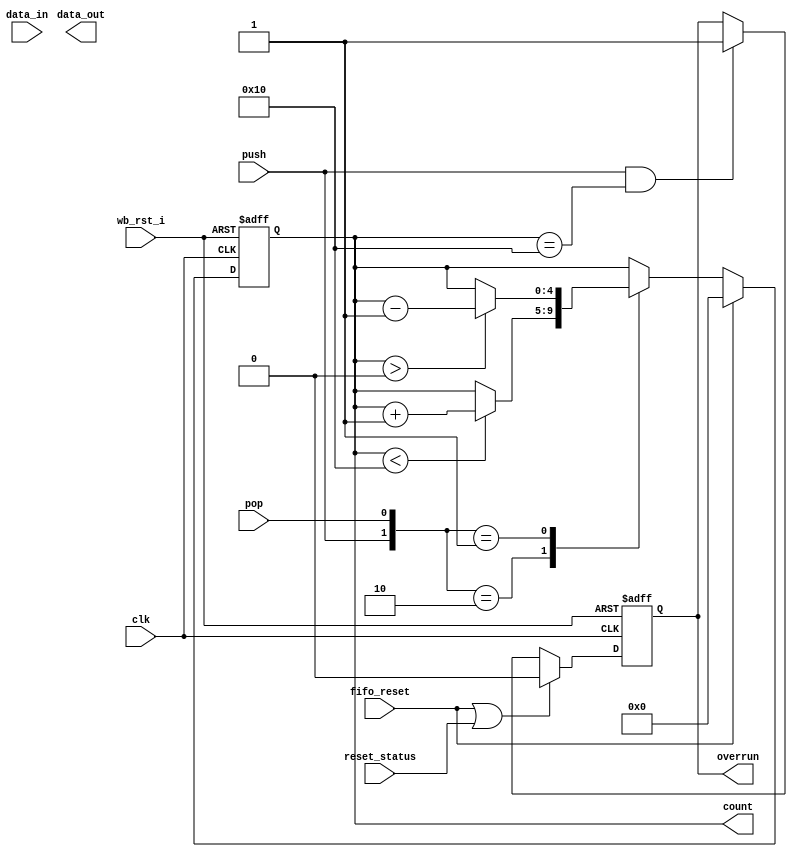
module uart_tfifo (
input		wire		clk	,
input		wire		wb_rst_i,
input		wire		push,
input		wire		pop,
input	wire [fifo_width-1:0]	data_in,
input	wire			fifo_reset,
input    wire   reset_status,

output	wire [fifo_width-1:0]	data_out,
output	wire			overrun,
output	wire [fifo_counter_w-1:0]	count

	);


// FIFO parameters
parameter fifo_width = 8;
parameter fifo_depth = 16;
parameter fifo_pointer_w = 4;
parameter fifo_counter_w = 5;


wire	[fifo_width-1:0]	data_out;

// FIFO pointers
reg	[fifo_pointer_w-1:0]	top;
reg	[fifo_pointer_w-1:0]	bottom;

reg	[fifo_counter_w-1:0]	count;
reg				overrun;
wire [fifo_pointer_w-1:0] top_plus_1 = top + 4'd1;

// raminfr #(fifo_pointer_w,fifo_width,fifo_depth) tfifo  
//         (.clk(clk), 
// 			.we(push), 
// 			.a(top), 
// 			.dpra(bottom), 
// 			.di(data_in), 
// 			.dpo(data_out)
// 		); 


always @(posedge clk or posedge wb_rst_i) // synchronous FIFO
begin
	if (wb_rst_i)
	begin
		top		<= 0;
		bottom		<= 0;
		count		<= 0;
	end
	else
	if (fifo_reset) begin
		top		<= 0;
		bottom		<= 0;
		count		<= 0;
	end
  else
	begin
		case ({push, pop})
		2'b10 : if (count<fifo_depth)  // overrun condition
			begin
				top       <= top_plus_1;
				count     <= count + 5'd1;
			end
		2'b01 : if(count>0)
			begin
				bottom   <= bottom + 4'd1;
				count	 <= count - 5'd1;
			end
		2'b11 : begin
				bottom   <= bottom + 4'd1;
				top       <= top_plus_1;
		        end
    default: ;
		endcase
	end
end   // always

always @(posedge clk or posedge wb_rst_i) // synchronous FIFO
begin
  if (wb_rst_i)
    overrun   <= 1'b0;
  else
  if(fifo_reset | reset_status) 
    overrun   <= 1'b0;
  else
  if(push & (count==fifo_depth))
    overrun   <= 1'b1;
end   // always

endmodule